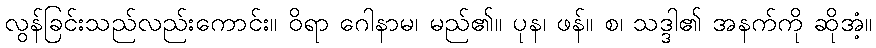
လွန်ခြင်းသည်လည်းကောင်း။ ဝိရာ ဂေါနာမ၊ မည်၏။ ပုန၊ ဖန်။ စ၊ သဒ္ဒါ၏ အနက်ကို ဆိုအံ့။